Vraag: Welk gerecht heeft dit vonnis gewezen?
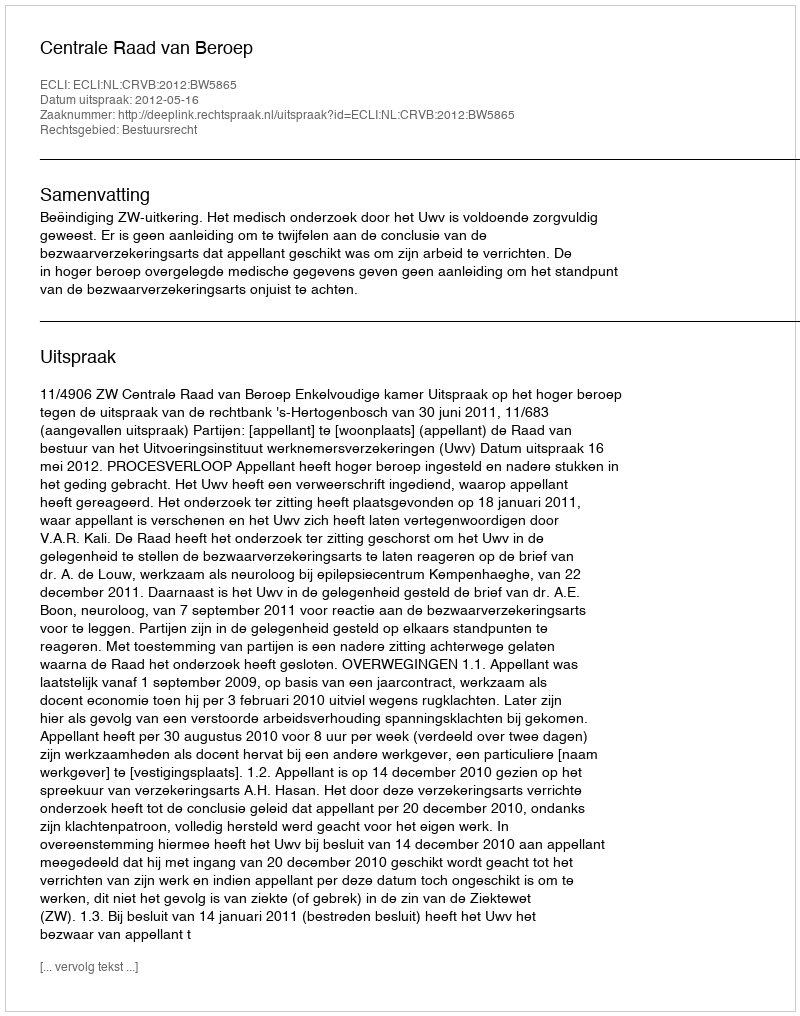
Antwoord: Centrale Raad van Beroep